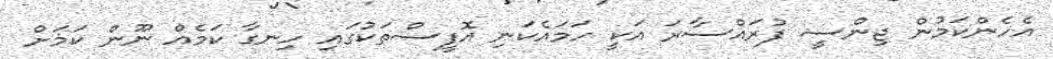
އެހެންކަމުން ޖިންސީ ފުރައްސާރަ އަކީ ހަމައެކަނި އޮފީސްތަކުގައި ހިނގާ ކަމެއް ނޫން ކަމަށް